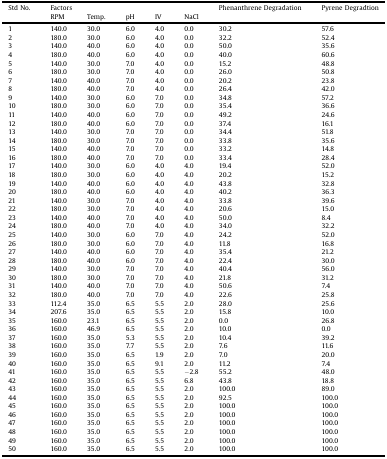
<table><thead><tr><td><b>Std No.</b></td><td colspan="5"><b>Factors</b></td><td><b>Phenanthrene Degradation</b></td><td><b>Pyrene Degradtion</b></td></tr><tr><td></td><td><b>RPM</b></td><td><b>Temp.</b></td><td><b>pH</b></td><td><b>IV</b></td><td><b>NaCl</b></td><td></td><td></td></tr></thead><tbody><tr><td>1</td><td>140.0</td><td>30.0</td><td>6.0</td><td>4.0</td><td>0.0</td><td>30.2</td><td>57.6</td></tr><tr><td>2</td><td>180.0</td><td>30.0</td><td>6.0</td><td>4.0</td><td>0.0</td><td>32.2</td><td>52.4</td></tr><tr><td>3</td><td>140.0</td><td>40.0</td><td>6.0</td><td>4.0</td><td>0.0</td><td>50.0</td><td>35.6</td></tr><tr><td>4</td><td>180.0</td><td>40.0</td><td>6.0</td><td>4.0</td><td>0.0</td><td>40.0</td><td>60.6</td></tr><tr><td>5</td><td>140.0</td><td>30.0</td><td>7.0</td><td>4.0</td><td>0.0</td><td>15.2</td><td>48.8</td></tr><tr><td>6</td><td>180.0</td><td>30.0</td><td>7.0</td><td>4.0</td><td>0.0</td><td>26.0</td><td>50.8</td></tr><tr><td>7</td><td>140.0</td><td>40.0</td><td>7.0</td><td>4.0</td><td>0.0</td><td>20.2</td><td>23.8</td></tr><tr><td>8</td><td>180.0</td><td>40.0</td><td>7.0</td><td>4.0</td><td>0.0</td><td>26.4</td><td>42.0</td></tr><tr><td>9</td><td>140.0</td><td>30.0</td><td>6.0</td><td>7.0</td><td>0.0</td><td>34.8</td><td>57.2</td></tr><tr><td>10</td><td>180.0</td><td>30.0</td><td>6.0</td><td>7.0</td><td>0.0</td><td>35.4</td><td>36.6</td></tr><tr><td>11</td><td>140.0</td><td>40.0</td><td>6.0</td><td>7.0</td><td>0.0</td><td>49.2</td><td>24.6</td></tr><tr><td>12</td><td>180.0</td><td>40.0</td><td>6.0</td><td>7.0</td><td>0.0</td><td>37.4</td><td>16.1</td></tr><tr><td>13</td><td>140.0</td><td>30.0</td><td>7.0</td><td>7.0</td><td>0.0</td><td>34.4</td><td>51.8</td></tr><tr><td>14</td><td>180.0</td><td>30.0</td><td>7.0</td><td>7.0</td><td>0.0</td><td>33.8</td><td>35.6</td></tr><tr><td>15</td><td>140.0</td><td>40.0</td><td>7.0</td><td>7.0</td><td>0.0</td><td>33.2</td><td>14.8</td></tr><tr><td>16</td><td>180.0</td><td>40.0</td><td>7.0</td><td>7.0</td><td>0.0</td><td>33.4</td><td>28.4</td></tr><tr><td>17</td><td>140.0</td><td>30.0</td><td>6.0</td><td>4.0</td><td>4.0</td><td>19.4</td><td>52.0</td></tr><tr><td>18</td><td>180.0</td><td>30.0</td><td>6.0</td><td>4.0</td><td>4.0</td><td>20.2</td><td>15.2</td></tr><tr><td>19</td><td>140.0</td><td>40.0</td><td>6.0</td><td>4.0</td><td>4.0</td><td>43.8</td><td>32.8</td></tr><tr><td>20</td><td>180.0</td><td>40.0</td><td>6.0</td><td>4.0</td><td>4.0</td><td>40.2</td><td>36.3</td></tr><tr><td>21</td><td>140.0</td><td>30.0</td><td>7.0</td><td>4.0</td><td>4.0</td><td>33.8</td><td>39.6</td></tr><tr><td>22</td><td>180.0</td><td>30.0</td><td>7.0</td><td>4.0</td><td>4.0</td><td>20.6</td><td>15.0</td></tr><tr><td>23</td><td>140.0</td><td>40.0</td><td>7.0</td><td>4.0</td><td>4.0</td><td>50.0</td><td>8.4</td></tr><tr><td>24</td><td>180.0</td><td>40.0</td><td>7.0</td><td>4.0</td><td>4.0</td><td>34.0</td><td>32.2</td></tr><tr><td>25</td><td>140.0</td><td>30.0</td><td>6.0</td><td>7.0</td><td>4.0</td><td>24.2</td><td>52.0</td></tr><tr><td>26</td><td>180.0</td><td>30.0</td><td>6.0</td><td>7.0</td><td>4.0</td><td>11.8</td><td>16.8</td></tr><tr><td>27</td><td>140.0</td><td>40.0</td><td>6.0</td><td>7.0</td><td>4.0</td><td>35.4</td><td>21.2</td></tr><tr><td>28</td><td>180.0</td><td>40.0</td><td>6.0</td><td>7.0</td><td>4.0</td><td>22.4</td><td>30.0</td></tr><tr><td>29</td><td>140.0</td><td>30.0</td><td>7.0</td><td>7.0</td><td>4.0</td><td>40.4</td><td>56.0</td></tr><tr><td>30</td><td>180.0</td><td>30.0</td><td>7.0</td><td>7.0</td><td>4.0</td><td>21.8</td><td>31.2</td></tr><tr><td>31</td><td>140.0</td><td>40.0</td><td>7.0</td><td>7.0</td><td>4.0</td><td>50.6</td><td>7.4</td></tr><tr><td>32</td><td>180.0</td><td>40.0</td><td>7.0</td><td>7.0</td><td>4.0</td><td>22.6</td><td>25.8</td></tr><tr><td>33</td><td>112.4</td><td>35.0</td><td>6.5</td><td>5.5</td><td>2.0</td><td>28.0</td><td>25.6</td></tr><tr><td>34</td><td>207.6</td><td>35.0</td><td>6.5</td><td>5.5</td><td>2.0</td><td>15.8</td><td>10.0</td></tr><tr><td>35</td><td>160.0</td><td>23.1</td><td>6.5</td><td>5.5</td><td>2.0</td><td>0.0</td><td>26.8</td></tr><tr><td>36</td><td>160.0</td><td>46.9</td><td>6.5</td><td>5.5</td><td>2.0</td><td>10.0</td><td>0.0</td></tr><tr><td>37</td><td>160.0</td><td>35.0</td><td>5.3</td><td>5.5</td><td>2.0</td><td>10.4</td><td>39.2</td></tr><tr><td>38</td><td>160.0</td><td>35.0</td><td>7.7</td><td>5.5</td><td>2.0</td><td>7.6</td><td>11.6</td></tr><tr><td>39</td><td>160.0</td><td>35.0</td><td>6.5</td><td>1.9</td><td>2.0</td><td>7.0</td><td>20.0</td></tr><tr><td>40</td><td>160.0</td><td>35.0</td><td>6.5</td><td>9.1</td><td>2.0</td><td>11.2</td><td>7.4</td></tr><tr><td>41</td><td>160.0</td><td>35.0</td><td>6.5</td><td>5.5</td><td>−2.8</td><td>55.2</td><td>48.0</td></tr><tr><td>42</td><td>160.0</td><td>35.0</td><td>6.5</td><td>5.5</td><td>6.8</td><td>43.8</td><td>18.8</td></tr><tr><td>43</td><td>160.0</td><td>35.0</td><td>6.5</td><td>5.5</td><td>2.0</td><td>100.0</td><td>89.0</td></tr><tr><td>44</td><td>160.0</td><td>35.0</td><td>6.5</td><td>5.5</td><td>2.0</td><td>92.5</td><td>100.0</td></tr><tr><td>45</td><td>160.0</td><td>35.0</td><td>6.5</td><td>5.5</td><td>2.0</td><td>100.0</td><td>100.0</td></tr><tr><td>46</td><td>160.0</td><td>35.0</td><td>6.5</td><td>5.5</td><td>2.0</td><td>100.0</td><td>100.0</td></tr><tr><td>47</td><td>160.0</td><td>35.0</td><td>6.5</td><td>5.5</td><td>2.0</td><td>100.0</td><td>100.0</td></tr><tr><td>48</td><td>160.0</td><td>35.0</td><td>6.5</td><td>5.5</td><td>2.0</td><td>100.0</td><td>100.0</td></tr><tr><td>49</td><td>160.0</td><td>35.0</td><td>6.5</td><td>5.5</td><td>2.0</td><td>100.0</td><td>100.0</td></tr><tr><td>50</td><td>160.0</td><td>35.0</td><td>6.5</td><td>5.5</td><td>2.0</td><td>100.0</td><td>100.0</td></tr></tbody></table>